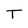
Character: T